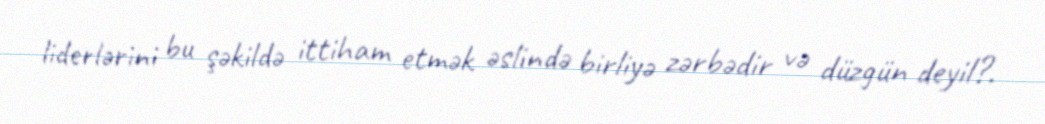
liderlərini bu şəkildə ittiham etmək əslində birliyə zərbədir və düzgün deyil?.